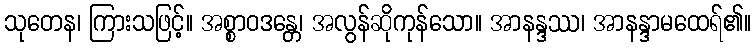
သုတေန၊ ကြားသဖြင့်။ အစ္စာဝဒန္တေ၊ အလွန်ဆိုကုန်သော။ အာနန္ဒဿ၊ အာနန္ဒာမထေရ်၏။